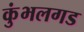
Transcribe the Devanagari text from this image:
कुंभलगड